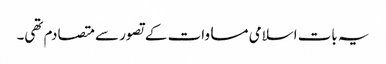
یہ بات اسلامی مساوات کے تصور سے متصادم تھی۔